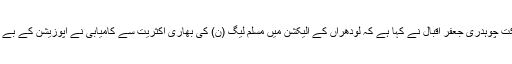
14 فروری2018ء) وزیر مملکت چوہدری جعفر اقبال نے کہا ہے کہ لودھراں کے الیکشن میں مسلم لیگ (ن) کی بھاری اکثریت سے کامیابی نے اپوزیشن کے بے بنیاد بیانیہ کو مسترد کر دیا ہے۔